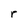
Character: r